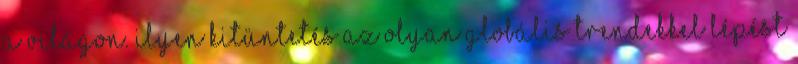
a világon. Ilyen kitüntetés az olyan globális trendekkel lépést